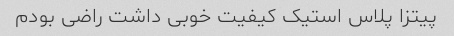
پیتزا پلاس استیک کیفیت خوبی داشت راضی بودم